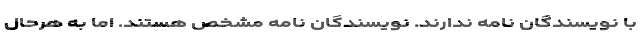
با نویسندگان نامه ندارند. نویسندگان نامه مشخص هستند. اما به هرحال